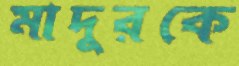
মাদুরকে